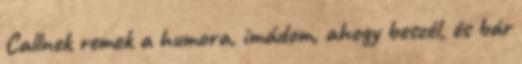
Callnek remek a humora, imádom, ahogy beszél, és bár